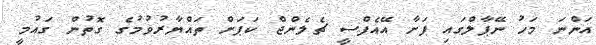
އަންނަ މަހު ނޭޕާލްގައި ފަށާ އޭއެފްސީ ޗެލެންޖް ކަޕަށް ތައްޔާރުވުމުގެ ގޮތުން ގައުމީ